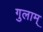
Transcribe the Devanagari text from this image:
गुलाम्